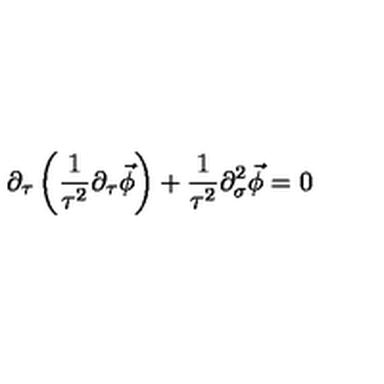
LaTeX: \partial _ { \tau } \left( \frac { 1 } { \tau ^ { 2 } } \partial _ { \tau } \vec { \phi } \right) + \frac { 1 } { \tau ^ { 2 } } \partial _ { \sigma } ^ { 2 } \vec { \phi } = 0